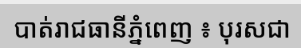
បាត់រាជធានីភ្នំពេញ ៖ បុរសជា